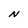
Character: N